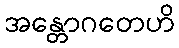
အန္တောဂတေဟိ